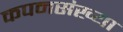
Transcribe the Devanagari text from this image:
कपनसंख्या